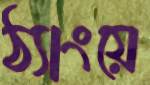
ঠ্যাংয়ে